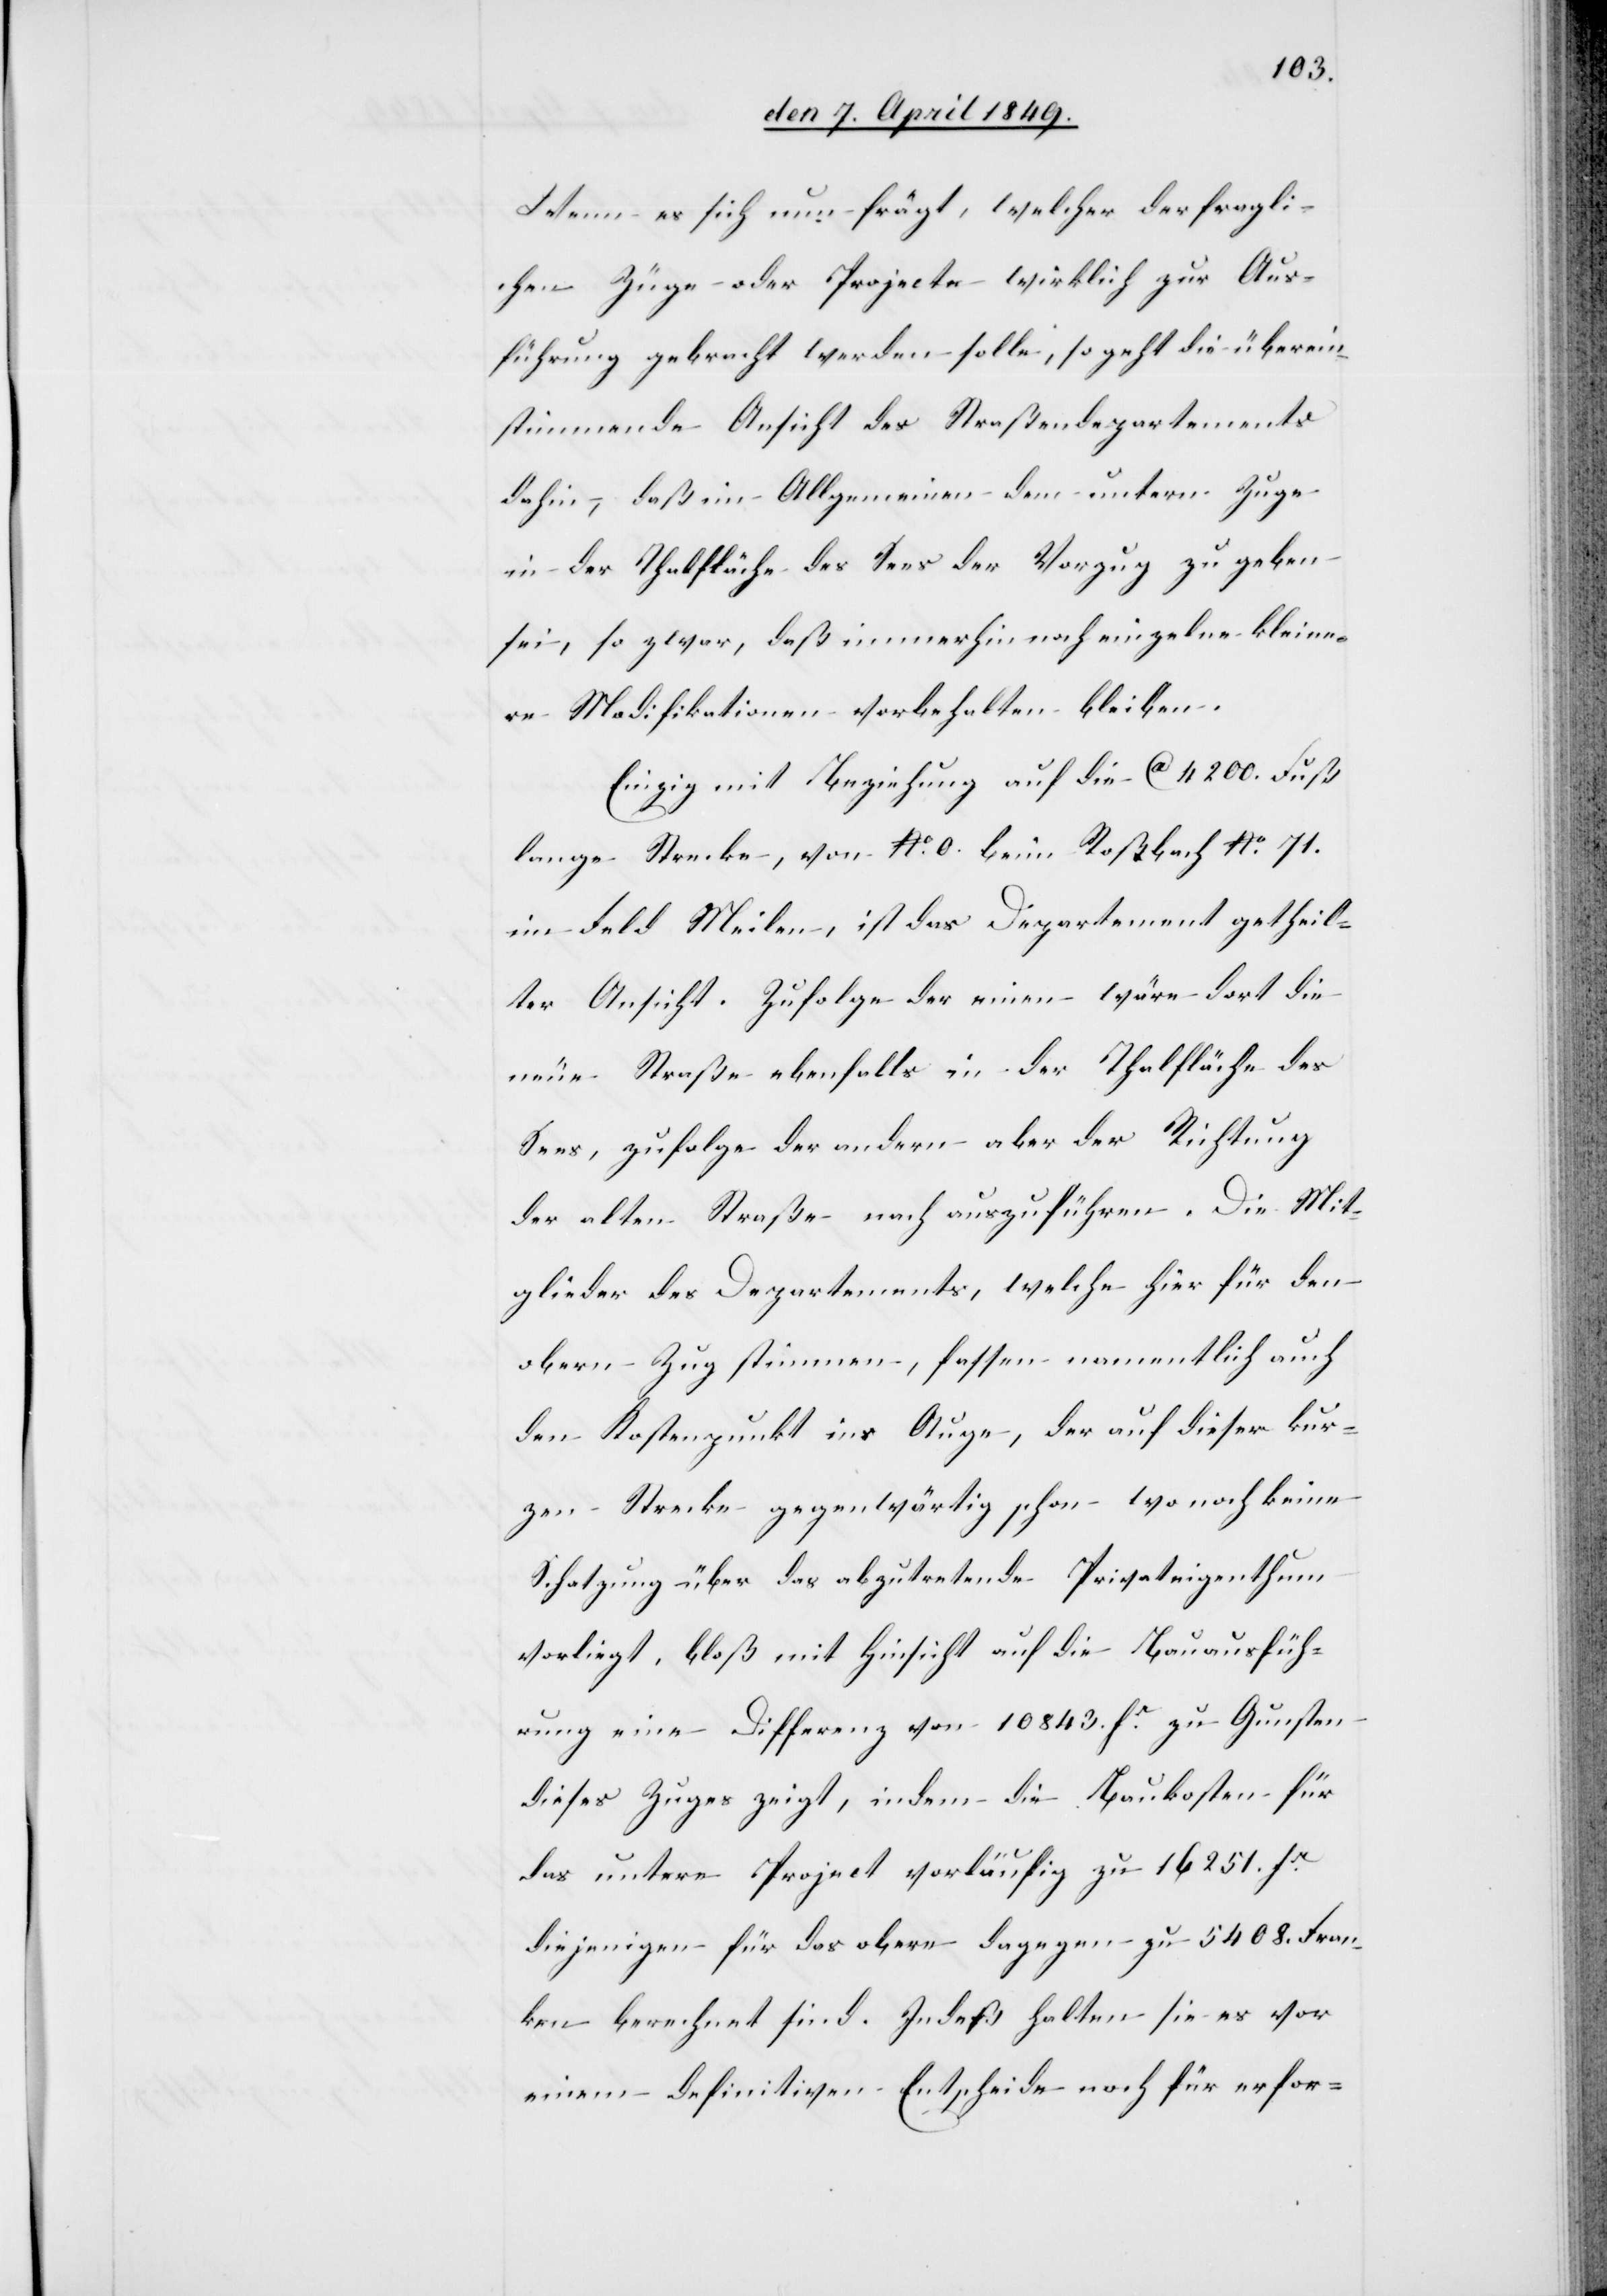
Wenn es sich nun frägt, welcher der fragli¬
chen Züge oder Projecte wirklich zur Aus¬
führung gebracht werden solle, so geht die überein¬
stimmende Ansicht des Straßendepartements
dahin, daß im Allgemeinen dem untern Zuge
in der Thalfläche des Sees der Vorzug zu geben
sei, so zwar, daß immerhin noch einzelne kleine¬
re Modifikationen vorbehalten bleiben.
Einzig mit Beziehung auf die Ca 4200. Fuß
lange Strecke, No 0. beim Roßbach No 71.
im Feld Meilen, ist das Departement getheil¬
ter Ansicht. Zufolge der einen wäre dort die
neue Straße ebenfalls in der Thalfläche des
Sees, zufolge der andern aber der Richtung
der alten Straße nach auszuführen. Die Mit¬
glieder des Departements, welche hier für den
obern Zug stimmen, fassen namentlich auch
den Kostenpunkt ins Auge, der auf dieser kur¬
zen Strecke gegenwärtig schon – wo noch keine
Schatzung über das abzutretende Privateigenthum
vorliegt, bloß mit Hinsicht auf die Bauausfüh¬
rung eine Differenz von 10 843. fr zu Gunsten
dieses Zuges zeigt, indem die Baukosten für
das untere Project vorläufig zu 16 251. fr
diejenigen für das obere dagegen zu 5408. Fran¬
ken berechnet sind. Indeß halten sie es vor
einem definitiven Entscheide noch für erfor-